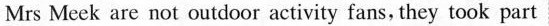
Mrs Mcek are not outdoor activity fans, they took part